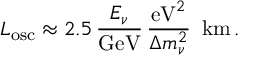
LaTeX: L _ { \mathrm { o s c } } \approx 2 . 5 \, \frac { E _ { \nu } } { \mathrm { G e V } } \, \frac { \mathrm { e V } ^ { 2 } } { \Delta m _ { \nu } ^ { 2 } } \, \, \, \mathrm { k m } \, .